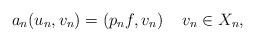
LaTeX: \begin{align*}a_n(u_n, v_n )= (p_n f, v_n) \quad\,v_n\in X_n,\end{align*}